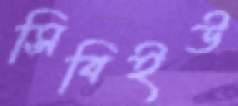
সিবিইউ